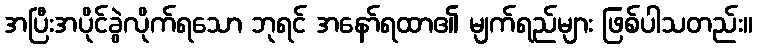
အပြီးအပိုင်ခွဲလိုက်ရသော ဘုရင် အနော်ရထာ၏ မျက်ရည်များ ဖြစ်ပါသတည်း။